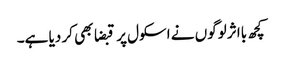
کچھ بااثر لوگوں نے اسکول پر قبضا بھی کر دیا ہے۔